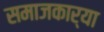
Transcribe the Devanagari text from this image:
समाजकार्या